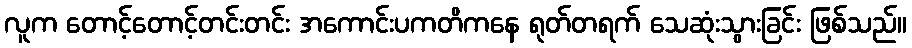
လူက တောင့်တောင့်တင်းတင်း အကောင်းပကတိကနေ ရုတ်တရက် သေဆုံးသွားခြင်း ဖြစ်သည်။